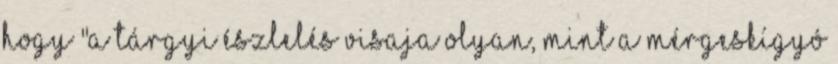
hogy "A tárgyi észlelés visaja olyan, mint a mérgeskígyó